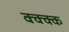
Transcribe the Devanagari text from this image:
क्क्क्क